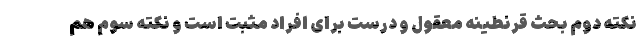
نکته دوم بحث قرنطینه معقول و درست برای افراد مثبت است و نکته سوم هم